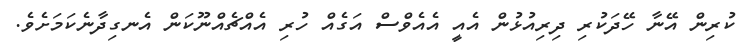
ކުރިން އޭނާ ހޭދަކުރި ދިރިއުޅުން އެއީ އެއެވްސް އަގެއް ހުރި އެއްޗެއްނޫކަން އެނގިދާނެކަމަށެވެ.